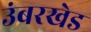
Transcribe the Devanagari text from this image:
उंबरखेड